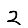
Digit: 2